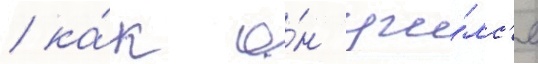
/ ка́к о́н учи́лс'я